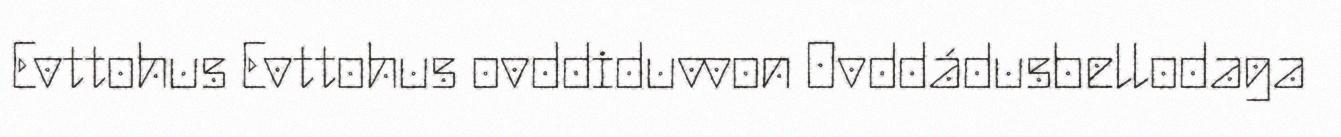
Evttohus Evttohus ovddiduvvon Ovddádusbellodaga